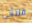
فلتأتي